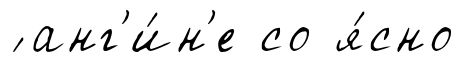
́ анг'и́н'е со я́сно